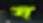
ঘ